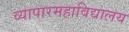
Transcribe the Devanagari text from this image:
व्यापारमहाविद्यालय